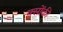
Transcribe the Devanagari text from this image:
क्सोंकी